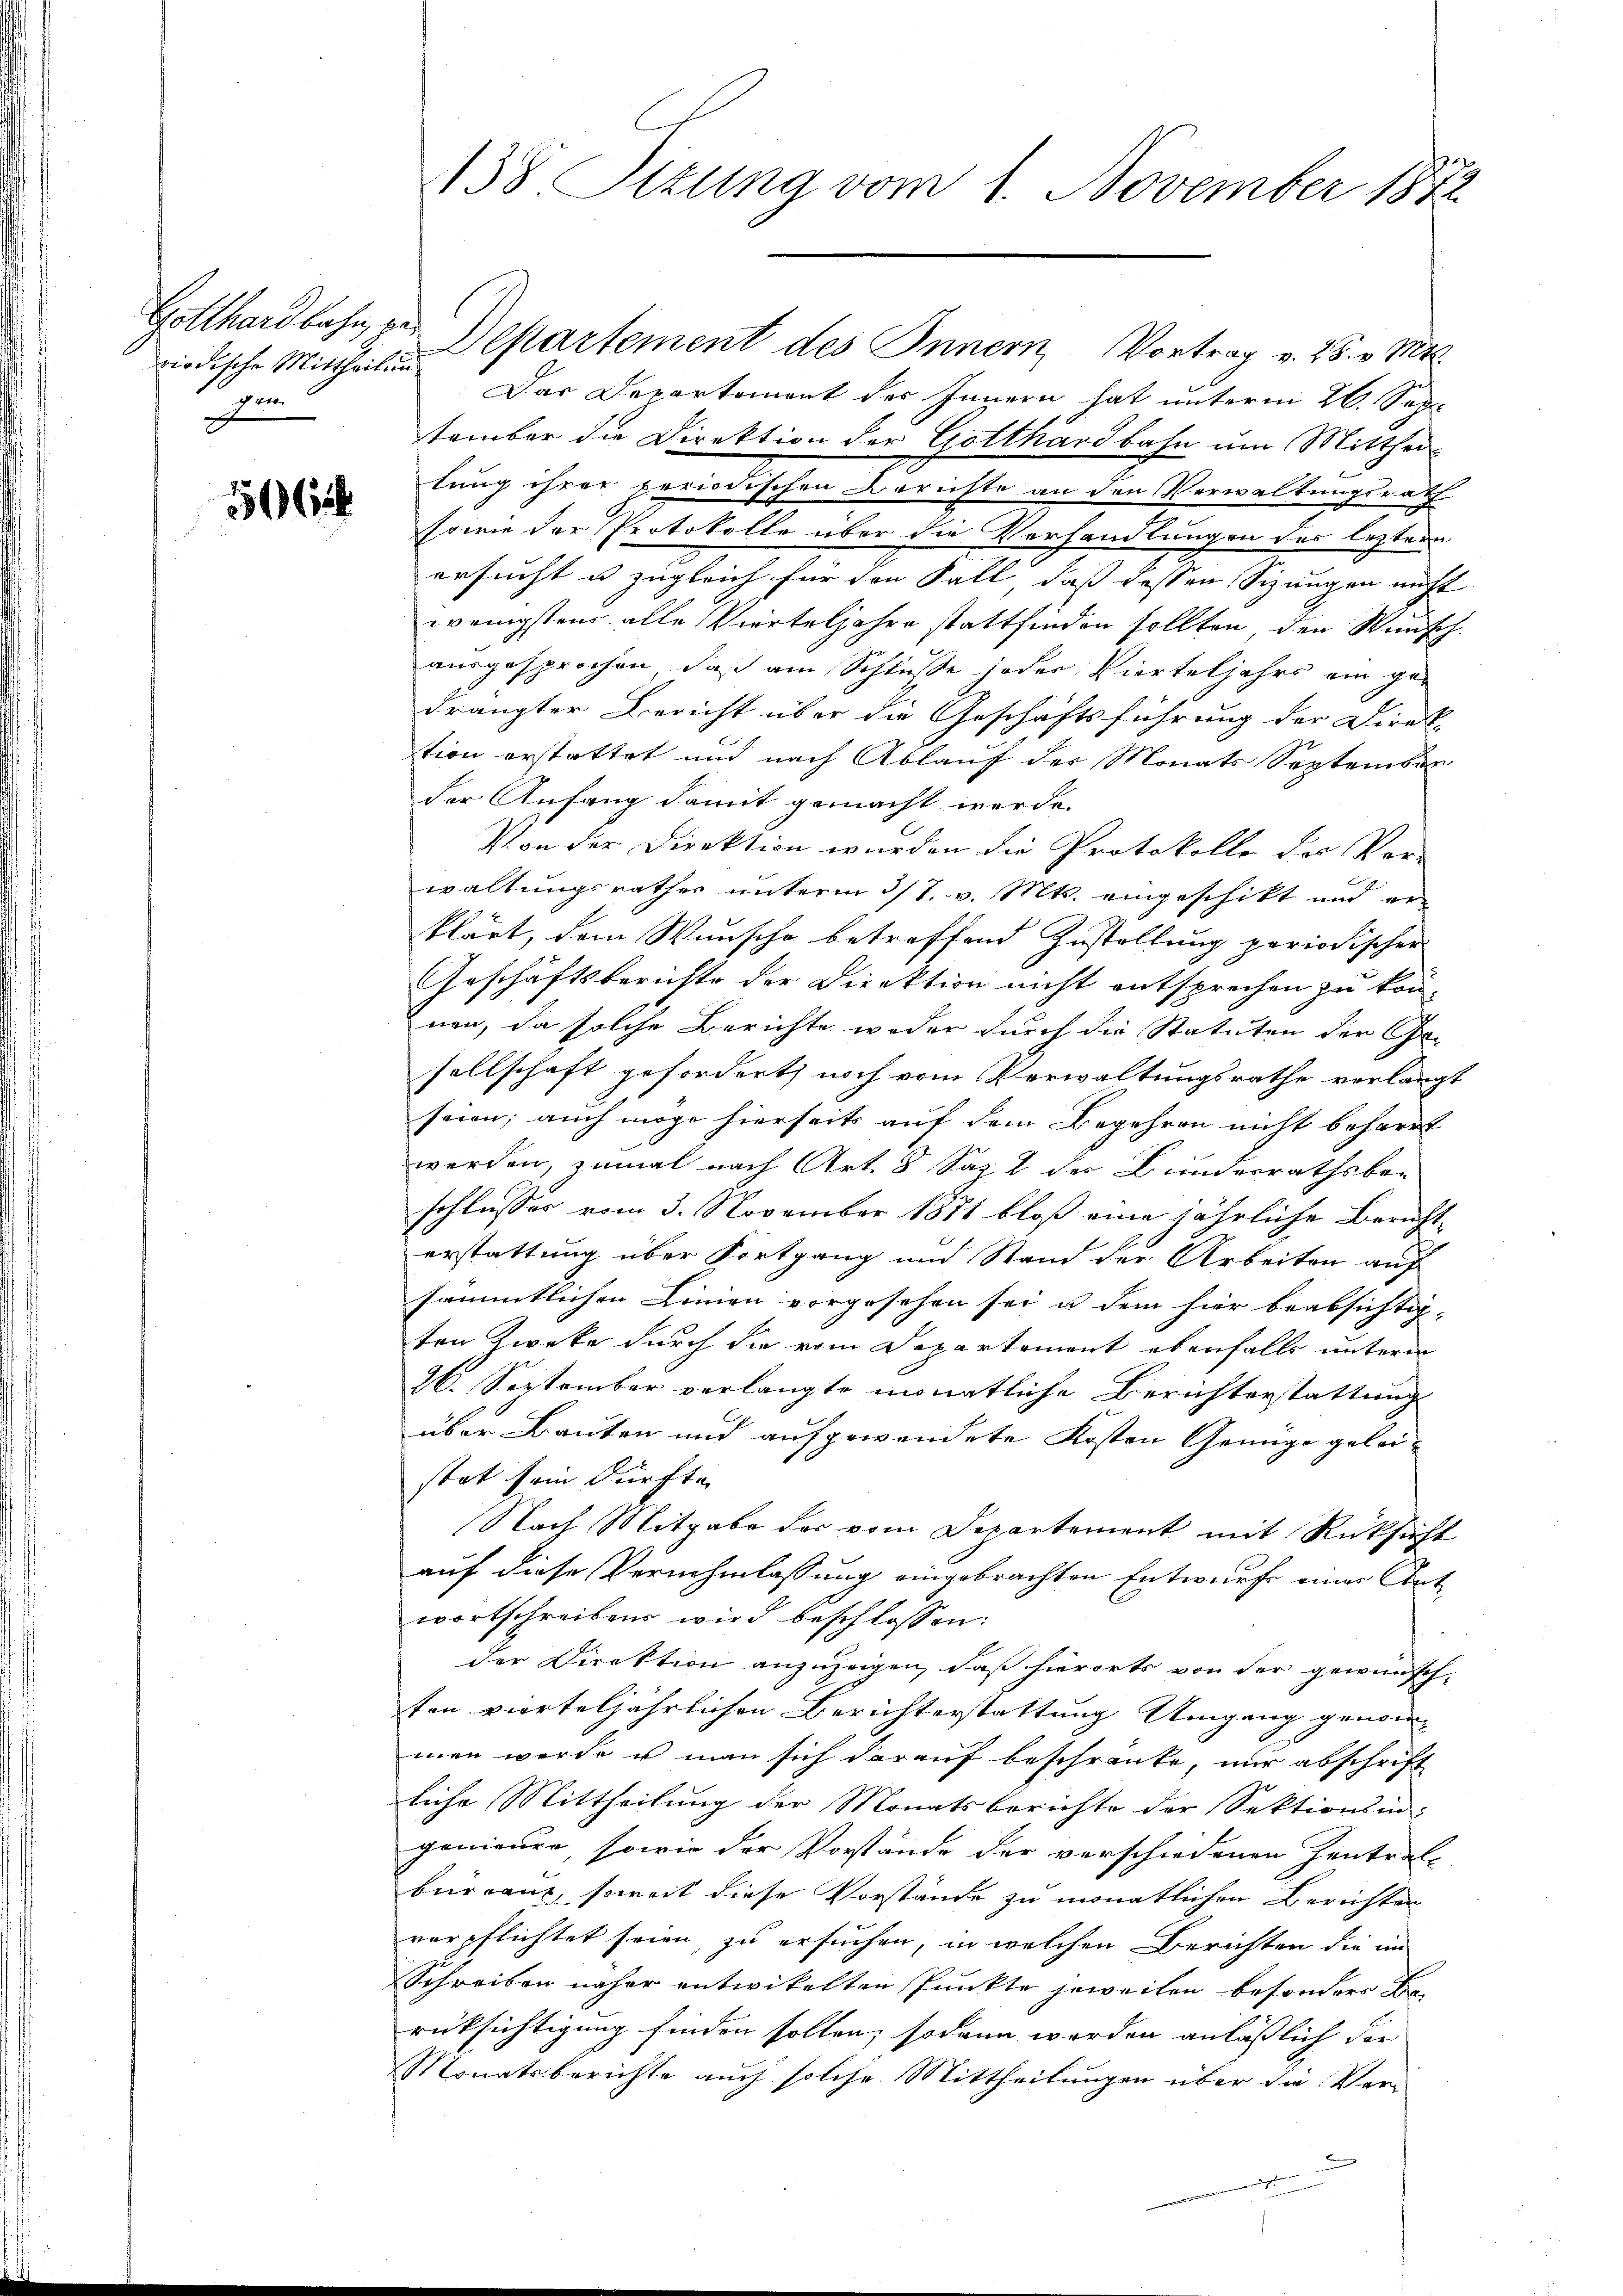
riodische Mittheilung
gen

5062

138 Sizung vom 1. November 1872

Das Departement des Innern hat unterm 26. Sep.
tember die Direktion der Gotthardbahn um Mittheilung ihrer periodischen Berichte an den Verwaltungsrath
sowie der Protokolle über die Verhandlungen des leztern
ersucht u. zugleich für den Fall, daß dessen Sizungen nicht
wenigstens alle Vierteljahre stattfinden sollten, den Wunsch
ausgesprochen, daß am Schluße jeder Vierteljahrs am gedrängter Bericht über die Geschäftsführung der Direk-
tion erstattet und nach Ablauf der Monats Septemben
der Anfang damit gemacht werde.
Von der Direktion wurden die Protokolle des Ver-
waltungsrathes unterm 3/7. v. Mts. eingeschikt und erklärt, dem Wunsche betreffend Zustellung periodischer
Geschäftsberichte der Direktion nicht entsprechen zu kön-
nen, da solche Berichte weder durch die Statuten der Ge-
sellschaft gefordert, noch vom Verwaltungsrathe verlangt
seien; auch möge hierseits auf dem Begehren nicht beharrt
werden, zumal nach Art. 8 Saz 2 der Bundesrathsbeschlusses vom 3. November 1871 bloß eine jährliche Bericht
erstattung über Fortgang und Stand der Arbeiten auf
sämmtlichen Linien vorgesehen sei u dem hier beabsichtig-
ten Zweke durch die vom Departement ebenfalls unterm
26. September verlangte monatliche Berichterstattung
über Bauten und aufgewendete Kosten Genüge geleistat sein dürfte |
Nach Mitgabe der vom Departement mit Rücksicht
auf diese Vernehmlassung eingebrachten Entwurfs einer Antwortschreiben wird beschlossen:
der Direktion anzuzeigen, daß hierorts von der gewünsch-
ten vierteljährlichen Berichterstattung Umgang genom-
men werde u man sich darauf beschränke, mir abschrift
liche Mittheilung der Monatsberichte der Sektionsin-
gonieure, sowie der Vorstände der verschiedenen Zentral-
büreaut, soweit diese Vorstände zu monatlichen Berichten
verpflichtet seien, zu ersuchen, in welchen Berichten die im
Schreiben näher entwickelten Punkte jeweilen besonders Be-
rücksichtigung finden sollen; sodann werden anläßlich die
Monatsberichte auch solche Mittheilungen über die Ver¬

Gotthardbahn per Departement des Innern, Vortrag v. 25. v. Mts.